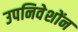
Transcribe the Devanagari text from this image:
उपनिवेशोंन